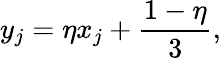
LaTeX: y_{j}=\eta x_{j}+\frac{1-\eta}{3},